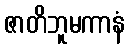
ဇာတိဘူမကာနံ